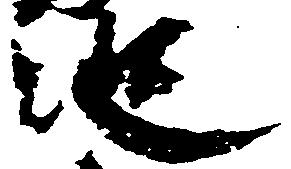
従